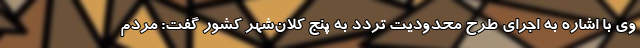
وی با اشاره به اجرای طرح محدودیت تردد به پنج کلان‌شهر کشور گفت: مردم